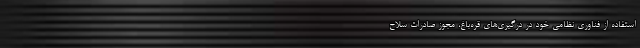
استفاده از فناوری نظامی خود در درگیری‌های قره‌باغ، مجوز صادرات سلاح